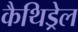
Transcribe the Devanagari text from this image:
कैथिड्रेल